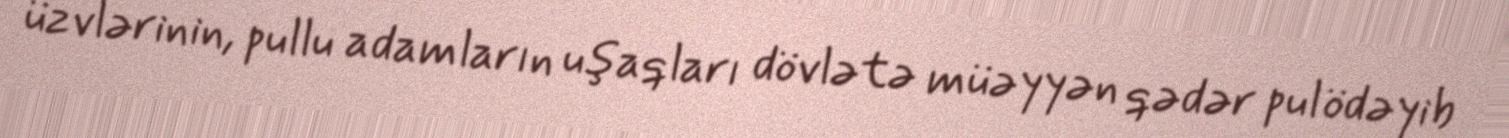
üzvlərinin, pullu adamların uşaqları dövlətə müəyyən qədər pul ödəyib